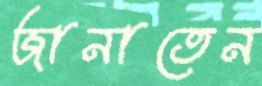
জানাতেন